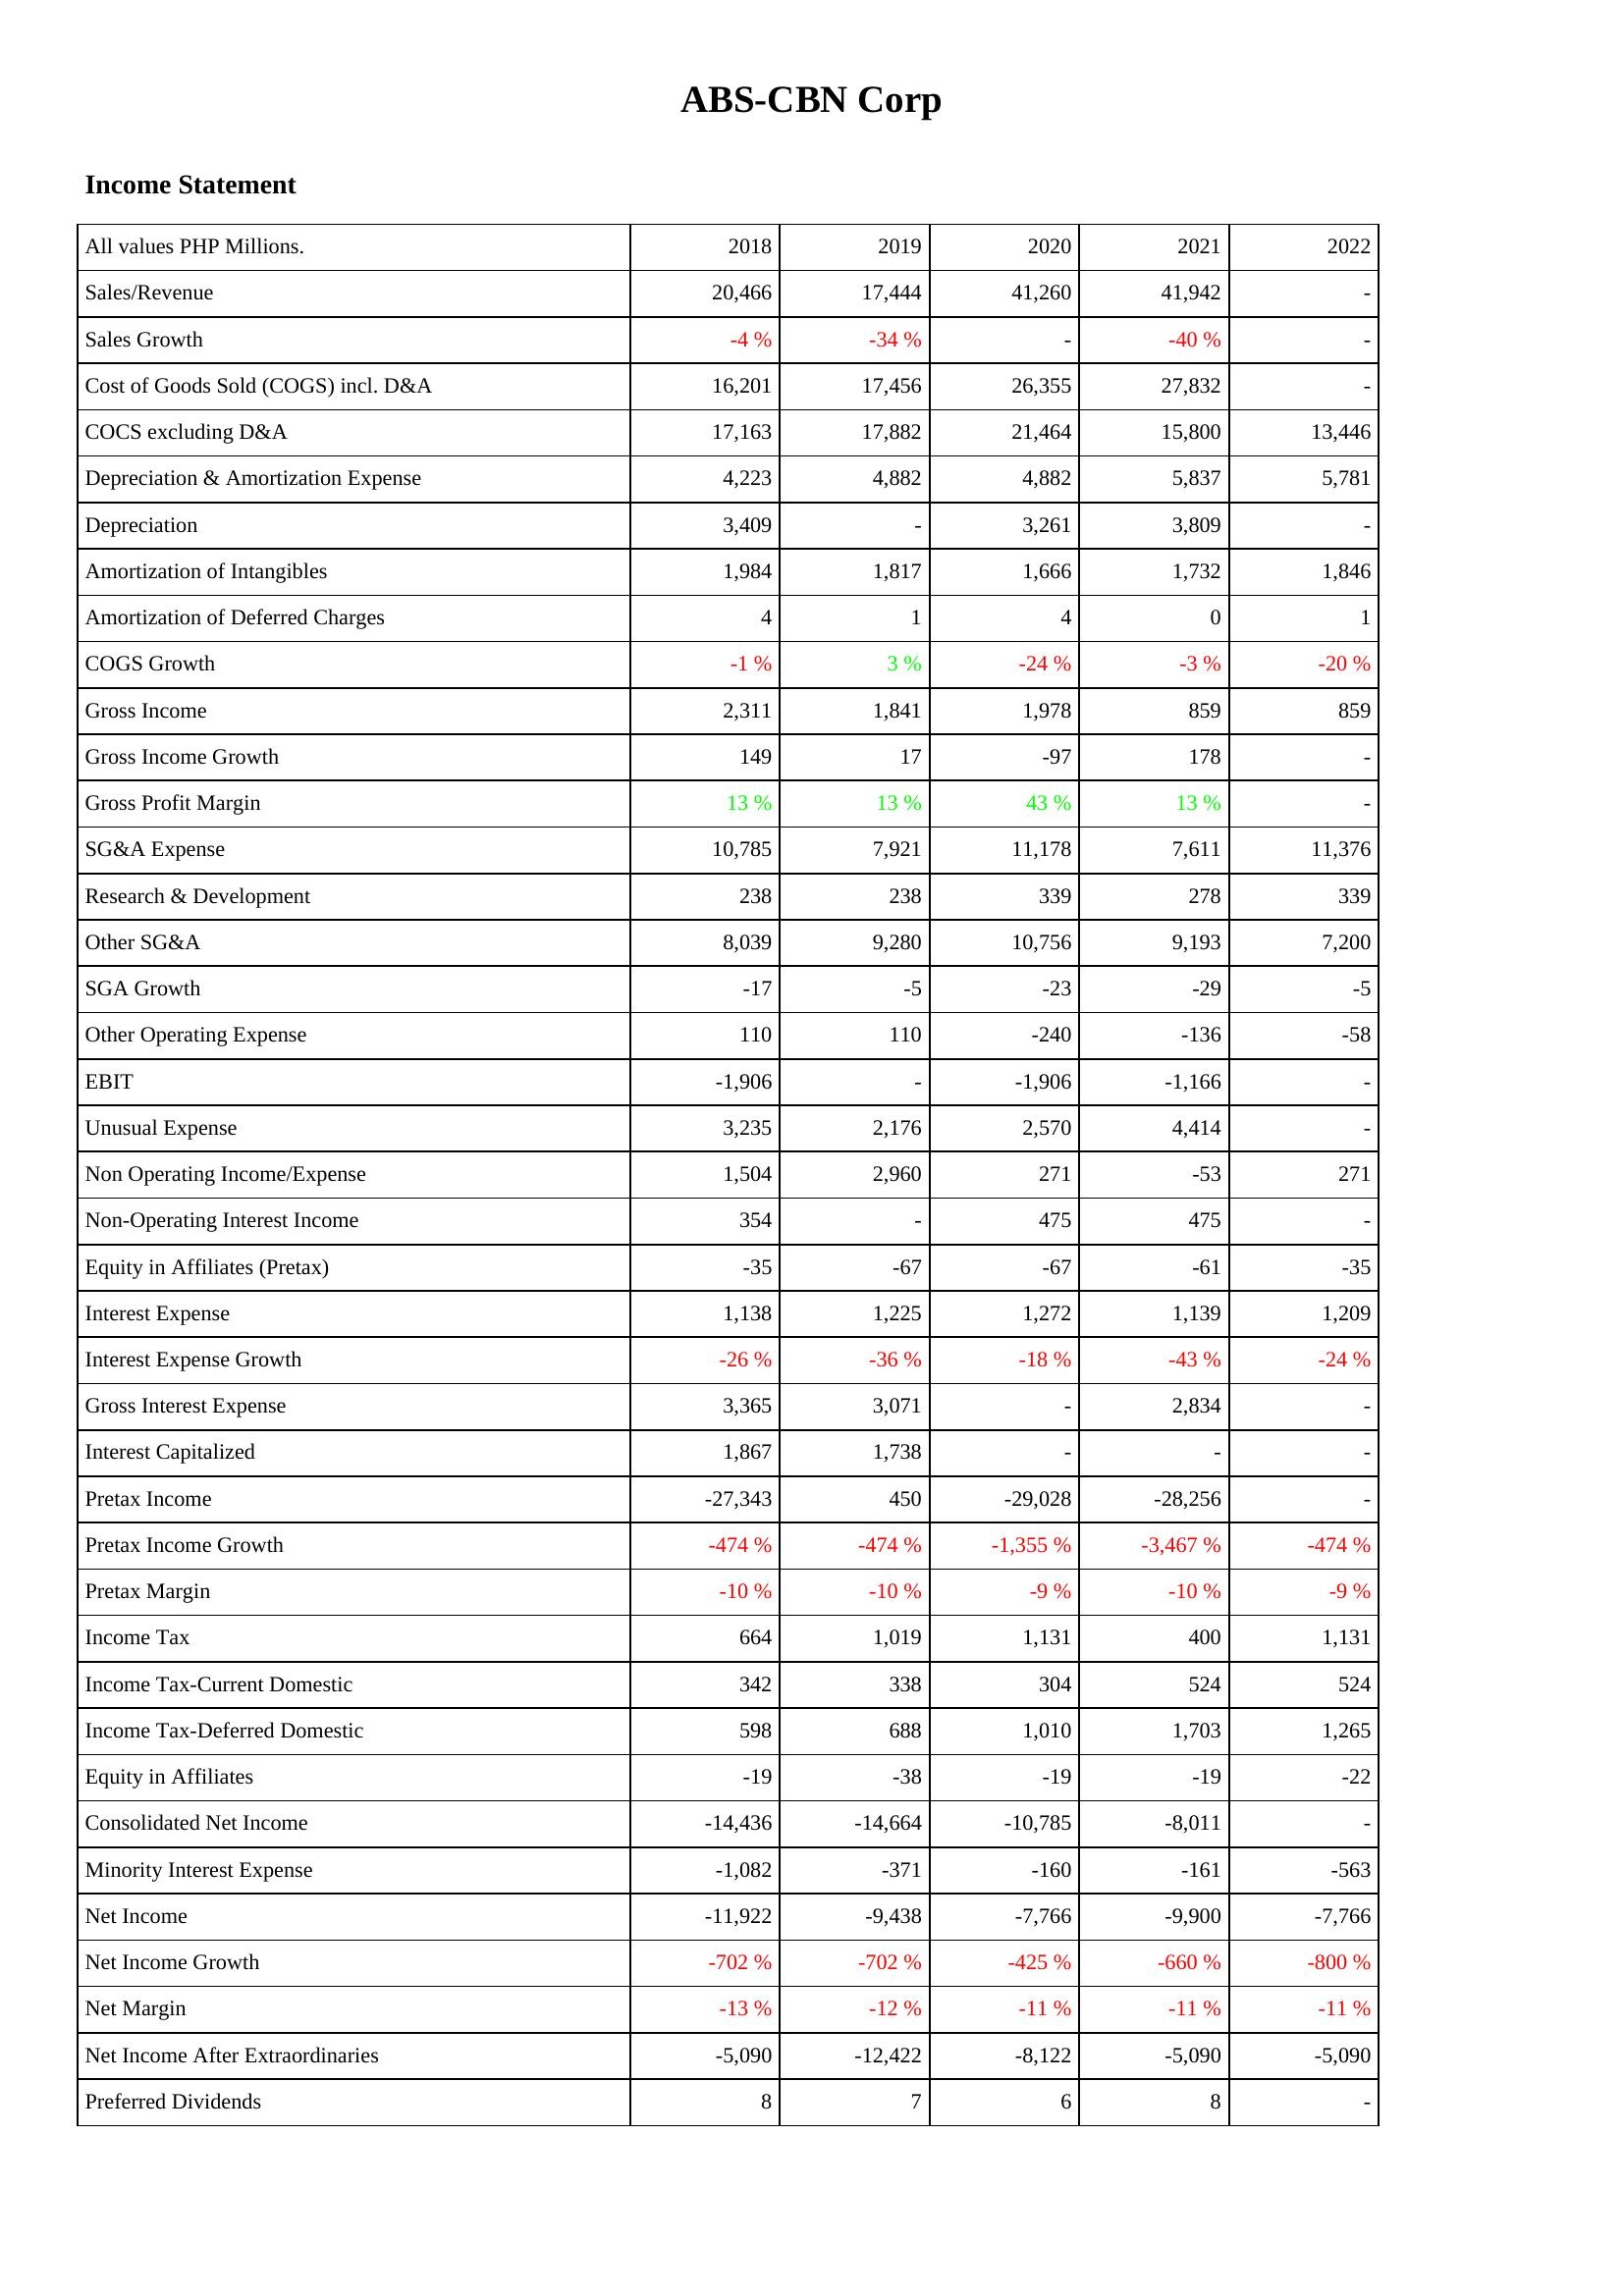
2018: Income Statement: Sales/Revenue: 20,466
Sales Growth: -4 %
Cost of Goods Sold (COGS) incl. D&A: 16,201
COCS excluding D&A: 17,163
Depreciation & Amortization Expense: 4,223
Depreciation: 3,409
Amortization of Intangibles: 1,984
Amortization of Deferred Charges: 4
COGS Growth: -1 %
Gross Income: 2,311
Gross Income Growth: 149
Gross Profit Margin: 13 %
SG&A Expense: 10,785
Research & Development: 238
Other SG&A: 8,039
SGA Growth: -17
Other Operating Expense: 110
EBIT: -1,906
Unusual Expense: 3,235
Non Operating Income/Expense: 1,504
Non-Operating Interest Income: 354
Equity in Affiliates (Pretax): -35
Interest Expense: 1,138
Interest Expense Growth: -26 %
Gross Interest Expense: 3,365
Interest Capitalized: 1,867
Pretax Income: -27,343
Pretax Income Growth: -474 %
Pretax Margin: -10 %
Income Tax: 664
Income Tax-Current Domestic: 342
Income Tax-Deferred Domestic: 598
Equity in Affiliates: -19
Consolidated Net Income: -14,436
Minority Interest Expense: -1,082
Net Income: -11,922
Net Income Growth: -702 %
Net Margin: -13 %
Net Income After Extraordinaries: -5,090
Preferred Dividends: 8
2019: Income Statement: Sales/Revenue: 17,444
Sales Growth: -34 %
Cost of Goods Sold (COGS) incl. D&A: 17,456
COCS excluding D&A: 17,882
Depreciation & Amortization Expense: 4,882
Depreciation: -
Amortization of Intangibles: 1,817
Amortization of Deferred Charges: 1
COGS Growth: 3 %
Gross Income: 1,841
Gross Income Growth: 17
Gross Profit Margin: 13 %
SG&A Expense: 7,921
Research & Development: 238
Other SG&A: 9,280
SGA Growth: -5
Other Operating Expense: 110
EBIT: -
Unusual Expense: 2,176
Non Operating Income/Expense: 2,960
Non-Operating Interest Income: -
Equity in Affiliates (Pretax): -67
Interest Expense: 1,225
Interest Expense Growth: -36 %
Gross Interest Expense: 3,071
Interest Capitalized: 1,738
Pretax Income: 450
Pretax Income Growth: -474 %
Pretax Margin: -10 %
Income Tax: 1,019
Income Tax-Current Domestic: 338
Income Tax-Deferred Domestic: 688
Equity in Affiliates: -38
Consolidated Net Income: -14,664
Minority Interest Expense: -371
Net Income: -9,438
Net Income Growth: -702 %
Net Margin: -12 %
Net Income After Extraordinaries: -12,422
Preferred Dividends: 7
2020: Income Statement: Sales/Revenue: 41,260
Sales Growth: -
Cost of Goods Sold (COGS) incl. D&A: 26,355
COCS excluding D&A: 21,464
Depreciation & Amortization Expense: 4,882
Depreciation: 3,261
Amortization of Intangibles: 1,666
Amortization of Deferred Charges: 4
COGS Growth: -24 %
Gross Income: 1,978
Gross Income Growth: -97
Gross Profit Margin: 43 %
SG&A Expense: 11,178
Research & Development: 339
Other SG&A: 10,756
SGA Growth: -23
Other Operating Expense: -240
EBIT: -1,906
Unusual Expense: 2,570
Non Operating Income/Expense: 271
Non-Operating Interest Income: 475
Equity in Affiliates (Pretax): -67
Interest Expense: 1,272
Interest Expense Growth: -18 %
Gross Interest Expense: -
Interest Capitalized: -
Pretax Income: -29,028
Pretax Income Growth: -1,355 %
Pretax Margin: -9 %
Income Tax: 1,131
Income Tax-Current Domestic: 304
Income Tax-Deferred Domestic: 1,010
Equity in Affiliates: -19
Consolidated Net Income: -10,785
Minority Interest Expense: -160
Net Income: -7,766
Net Income Growth: -425 %
Net Margin: -11 %
Net Income After Extraordinaries: -8,122
Preferred Dividends: 6
2021: Income Statement: Sales/Revenue: 41,942
Sales Growth: -40 %
Cost of Goods Sold (COGS) incl. D&A: 27,832
COCS excluding D&A: 15,800
Depreciation & Amortization Expense: 5,837
Depreciation: 3,809
Amortization of Intangibles: 1,732
Amortization of Deferred Charges: 0
COGS Growth: -3 %
Gross Income: 859
Gross Income Growth: 178
Gross Profit Margin: 13 %
SG&A Expense: 7,611
Research & Development: 278
Other SG&A: 9,193
SGA Growth: -29
Other Operating Expense: -136
EBIT: -1,166
Unusual Expense: 4,414
Non Operating Income/Expense: -53
Non-Operating Interest Income: 475
Equity in Affiliates (Pretax): -61
Interest Expense: 1,139
Interest Expense Growth: -43 %
Gross Interest Expense: 2,834
Interest Capitalized: -
Pretax Income: -28,256
Pretax Income Growth: -3,467 %
Pretax Margin: -10 %
Income Tax: 400
Income Tax-Current Domestic: 524
Income Tax-Deferred Domestic: 1,703
Equity in Affiliates: -19
Consolidated Net Income: -8,011
Minority Interest Expense: -161
Net Income: -9,900
Net Income Growth: -660 %
Net Margin: -11 %
Net Income After Extraordinaries: -5,090
Preferred Dividends: 8
2022: Income Statement: Sales/Revenue: -
Sales Growth: -
Cost of Goods Sold (COGS) incl. D&A: -
COCS excluding D&A: 13,446
Depreciation & Amortization Expense: 5,781
Depreciation: -
Amortization of Intangibles: 1,846
Amortization of Deferred Charges: 1
COGS Growth: -20 %
Gross Income: 859
Gross Income Growth: -
Gross Profit Margin: -
SG&A Expense: 11,376
Research & Development: 339
Other SG&A: 7,200
SGA Growth: -5
Other Operating Expense: -58
EBIT: -
Unusual Expense: -
Non Operating Income/Expense: 271
Non-Operating Interest Income: -
Equity in Affiliates (Pretax): -35
Interest Expense: 1,209
Interest Expense Growth: -24 %
Gross Interest Expense: -
Interest Capitalized: -
Pretax Income: -
Pretax Income Growth: -474 %
Pretax Margin: -9 %
Income Tax: 1,131
Income Tax-Current Domestic: 524
Income Tax-Deferred Domestic: 1,265
Equity in Affiliates: -22
Consolidated Net Income: -
Minority Interest Expense: -563
Net Income: -7,766
Net Income Growth: -800 %
Net Margin: -11 %
Net Income After Extraordinaries: -5,090
Preferred Dividends: -